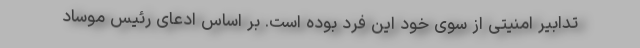
تدابیر امنیتی از سوی خود این فرد بوده است. بر اساس ادعای رئیس موساد